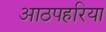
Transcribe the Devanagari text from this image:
आठपहरिया